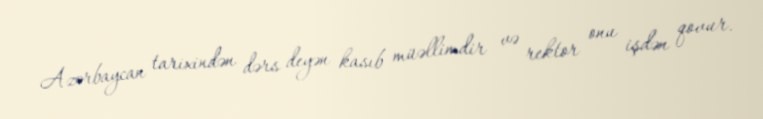
Azərbaycan tarixindən dərs deyən kasıb müəllimdir və rektor onu işdən qovur.